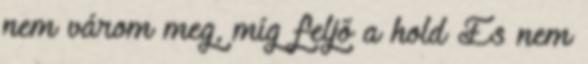
nem várom meg, míg feljő a hold És nem